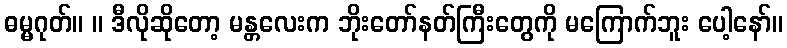
ဓမ္မဂုတ်။ ။ ဒီလိုဆိုတော့ မန္တလေးက ဘိုးတော်နတ်ကြီးတွေကို မကြောက်ဘူး ပေါ့နော်။